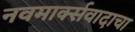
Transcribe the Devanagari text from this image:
नवमार्क्सवादाचा